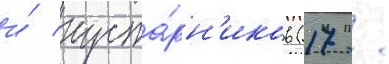
и́ куста́рн'иков (17 /